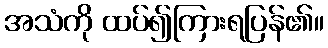
အသံကို ထပ်၍ကြားရပြန်၏။